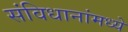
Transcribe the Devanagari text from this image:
संविधानांमध्ये